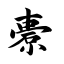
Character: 橐